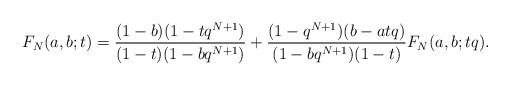
LaTeX: \begin{align*}F_N(a,b;t) = \frac{(1-b)(1-tq^{N+1})}{(1-t)(1-bq^{N+1})}+ \frac{(1-q^{N+1})(b-atq)}{(1-bq^{N+1})(1-t)}F_N(a,b;tq).\end{align*}